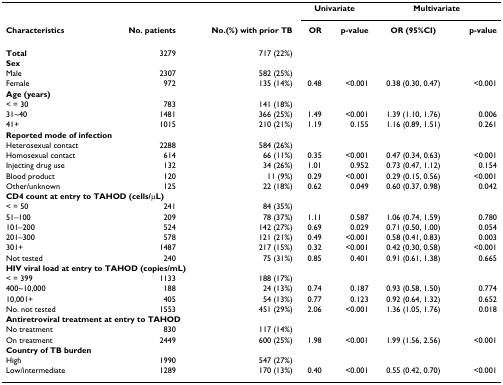
<table><thead><tr><td></td><td></td><td></td><td colspan="2"><b>Univariate</b></td><td colspan="2"><b>Multivariate</b></td></tr><tr><td><b>Characteristics</b></td><td><b>No. patients</b></td><td><b>No.(%) with prior TB</b></td><td><b>OR</b></td><td><b>p-value</b></td><td><b>OR (95%CI)</b></td><td><b>p-value</b></td></tr></thead><tbody><tr><td><b>Total</b></td><td>3279</td><td>717 (22%)</td><td></td><td></td><td></td><td></td></tr><tr><td><b>Sex</b></td><td></td><td></td><td></td><td></td><td></td><td></td></tr><tr><td>Male</td><td>2307</td><td>582 (25%)</td><td></td><td></td><td></td><td></td></tr><tr><td>Female</td><td>972</td><td>135 (14%)</td><td>0.48</td><td>&lt;0.001</td><td>0.38 (0.30, 0.47)</td><td>&lt;0.001</td></tr><tr><td colspan="7"><b>Age (years)</b></td></tr><tr><td>&lt; = 30</td><td>783</td><td>141 (18%)</td><td></td><td></td><td></td><td></td></tr><tr><td>31~40</td><td>1481</td><td>366 (25%)</td><td>1.49</td><td>&lt;0.001</td><td>1.39 (1.10, 1.76)</td><td>0.006</td></tr><tr><td>41+</td><td>1015</td><td>210 (21%)</td><td>1.19</td><td>0.155</td><td>1.16 (0.89, 1.51)</td><td>0.261</td></tr><tr><td colspan="7"><b>Reported mode of infection</b></td></tr><tr><td>Heterosexual contact</td><td>2288</td><td>584 (26%)</td><td></td><td></td><td></td><td></td></tr><tr><td>Homosexual contact</td><td>614</td><td>66 (11%)</td><td>0.35</td><td>&lt;0.001</td><td>0.47 (0.34, 0.63)</td><td>&lt;0.001</td></tr><tr><td>Injecting drug use</td><td>132</td><td>34 (26%)</td><td>1.01</td><td>0.952</td><td>0.73 (0.47, 1.12)</td><td>0.154</td></tr><tr><td>Blood product</td><td>120</td><td>11 (9%)</td><td>0.29</td><td>&lt;0.001</td><td>0.29 (0.15, 0.56)</td><td>&lt;0.001</td></tr><tr><td>Other/unknown</td><td>125</td><td>22 (18%)</td><td>0.62</td><td>0.049</td><td>0.60 (0.37, 0.98)</td><td>0.042</td></tr><tr><td colspan="7"><b>CD4 count at entry to TAHOD (cells/μL)</b></td></tr><tr><td>&lt; = 50</td><td>241</td><td>84 (35%)</td><td></td><td></td><td></td><td></td></tr><tr><td>51–100</td><td>209</td><td>78 (37%)</td><td>1.11</td><td>0.587</td><td>1.06 (0.74, 1.59)</td><td>0.780</td></tr><tr><td>101–200</td><td>524</td><td>142 (27%)</td><td>0.69</td><td>0.029</td><td>0.71 (0.50, 1.00)</td><td>0.054</td></tr><tr><td>201–300</td><td>578</td><td>121 (21%)</td><td>0.49</td><td>&lt;0.001</td><td>0.58 (0.41, 0.83)</td><td>0.003</td></tr><tr><td>301+</td><td>1487</td><td>217 (15%)</td><td>0.32</td><td>&lt;0.001</td><td>0.42 (0.30, 0.58)</td><td>&lt;0.001</td></tr><tr><td>Not tested</td><td>240</td><td>75 (31%)</td><td>0.85</td><td>0.401</td><td>0.91 (0.61, 1.38)</td><td>0.665</td></tr><tr><td colspan="7"><b>HIV viral load at entry to TAHOD (copies/mL)</b></td></tr><tr><td>&lt; = 399</td><td>1133</td><td>188 (17%)</td><td></td><td></td><td></td><td></td></tr><tr><td>400~10,000</td><td>188</td><td>24 (13%)</td><td>0.74</td><td>0.187</td><td>0.93 (0.58, 1.50)</td><td>0.774</td></tr><tr><td>10,001+</td><td>405</td><td>54 (13%)</td><td>0.77</td><td>0.123</td><td>0.92 (0.64, 1.32)</td><td>0.652</td></tr><tr><td>No. not tested</td><td>1553</td><td>451 (29%)</td><td>2.06</td><td>&lt;0.001</td><td>1.36 (1.05, 1.76)</td><td>0.018</td></tr><tr><td colspan="7"><b>Antiretroviral treatment at entry to TAHOD</b></td></tr><tr><td>No treatment</td><td>830</td><td>117 (14%)</td><td></td><td></td><td></td><td></td></tr><tr><td>On treatment</td><td>2449</td><td>600 (25%)</td><td>1.98</td><td>&lt;0.001</td><td>1.99 (1.56, 2.56)</td><td>&lt;0.001</td></tr><tr><td colspan="7"><b>Country of TB burden</b></td></tr><tr><td>High</td><td>1990</td><td>547 (27%)</td><td></td><td></td><td></td><td></td></tr><tr><td>Low/intermediate</td><td>1289</td><td>170 (13%)</td><td>0.40</td><td>&lt;0.001</td><td>0.55 (0.42, 0.70)</td><td>&lt;0.001</td></tr></tbody></table>